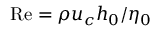
\mathrm { R e } = \rho u _ { c } h _ { 0 } / \eta _ { 0 }